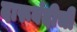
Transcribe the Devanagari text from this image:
दारूबंदीची